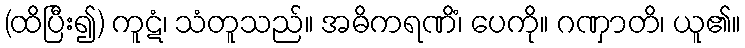
(ထိပြီး၍) ကူဋံ၊ သံတူသည်။ အဓိကရဏိံ၊ ပေကို။ ဂဏှာတိ၊ ယူ၏။